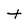
Character: t